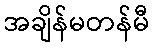
အချိန်မတန်မီ